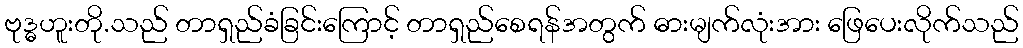
ဗုဒ္ဓဟူးတို.သည် တာရှည်ခံခြင်းကြောင့် တာရှည်စေရန်အတွက် ဓားမျက်လုံးအား ဖြေပေးလိုက်သည်